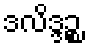
ဒလိဒ္ဒဉ္စ